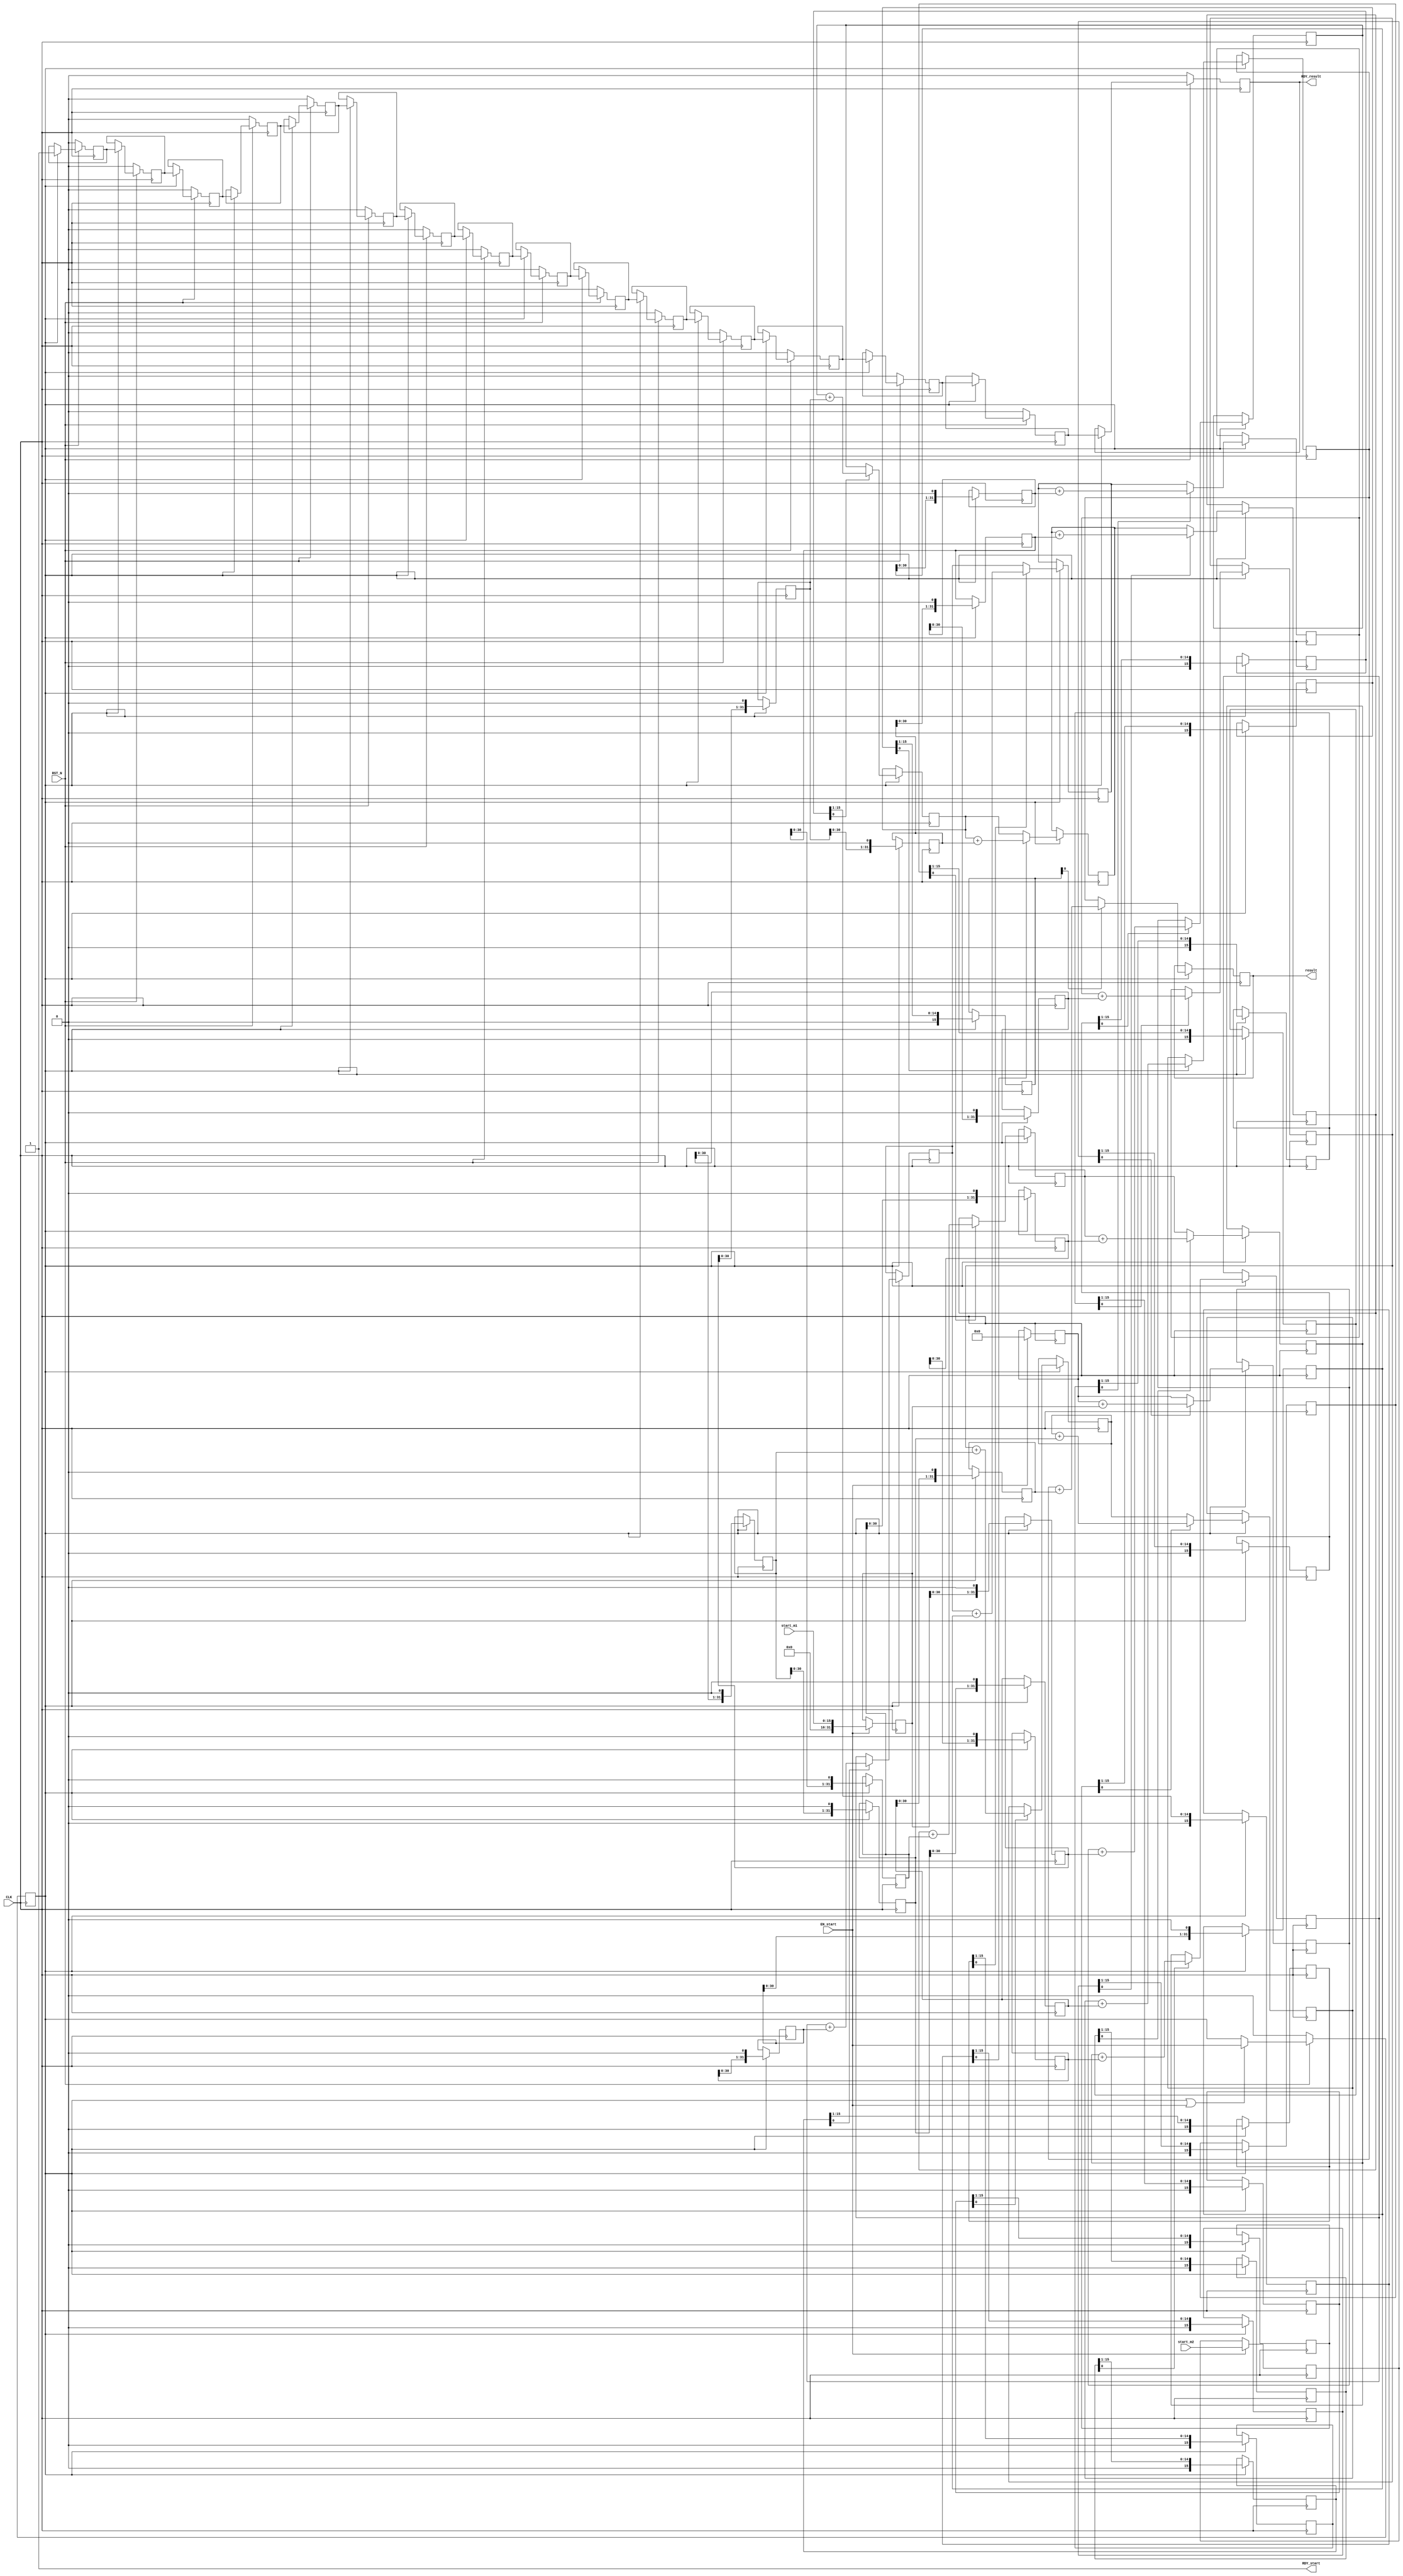
//
// Generated by Bluespec Compiler, version 2016.07.beta1 (build 34806, 2016-07-05)
//
// On Wed Dec  5 17:57:48 IST 2018
//
//
// Ports:
// Name                         I/O  size props
// RDY_start                      O     1 const
// result                         O    32 reg
// RDY_result                     O     1 reg
// CLK                            I     1 clock
// RST_N                          I     1 reset
// start_m1                       I    16 reg
// start_m2                       I    16 reg
// EN_start                       I     1
//
// No combinational paths from inputs to outputs
//
//

`ifdef BSV_ASSIGNMENT_DELAY
`else
  `define BSV_ASSIGNMENT_DELAY
`endif

`ifdef BSV_POSITIVE_RESET
  `define BSV_RESET_VALUE 1'b1
  `define BSV_RESET_EDGE posedge
`else
  `define BSV_RESET_VALUE 1'b0
  `define BSV_RESET_EDGE negedge
`endif

module mkInelasticPipe(CLK,
		       RST_N,

		       start_m1,
		       start_m2,
		       EN_start,
		       RDY_start,

		       result,
		       RDY_result);
  input  CLK;
  input  RST_N;

  // action method start
  input  [15 : 0] start_m1;
  input  [15 : 0] start_m2;
  input  EN_start;
  output RDY_start;

  // value method result
  output [31 : 0] result;
  output RDY_result;

  // signals for module outputs
  wire [31 : 0] result;
  wire RDY_result, RDY_start;

  // register done
  reg done;
  wire done$D_IN, done$EN;

  // register inputReg_intmc
  reg [31 : 0] inputReg_intmc;
  wire [31 : 0] inputReg_intmc$D_IN;
  wire inputReg_intmc$EN;

  // register inputReg_intmp
  reg [15 : 0] inputReg_intmp;
  wire [15 : 0] inputReg_intmp$D_IN;
  wire inputReg_intmp$EN;

  // register inputReg_stsum
  reg [31 : 0] inputReg_stsum;
  wire [31 : 0] inputReg_stsum$D_IN;
  wire inputReg_stsum$EN;

  // register inputReg_valid
  reg inputReg_valid;
  wire inputReg_valid$D_IN, inputReg_valid$EN;

  // register outReg_intmc
  reg [31 : 0] outReg_intmc;
  wire [31 : 0] outReg_intmc$D_IN;
  wire outReg_intmc$EN;

  // register outReg_intmp
  reg [15 : 0] outReg_intmp;
  wire [15 : 0] outReg_intmp$D_IN;
  wire outReg_intmp$EN;

  // register outReg_stsum
  reg [31 : 0] outReg_stsum;
  wire [31 : 0] outReg_stsum$D_IN;
  wire outReg_stsum$EN;

  // register outReg_valid
  reg outReg_valid;
  wire outReg_valid$D_IN, outReg_valid$EN;

  // register stageReg_0_intmc
  reg [31 : 0] stageReg_0_intmc;
  wire [31 : 0] stageReg_0_intmc$D_IN;
  wire stageReg_0_intmc$EN;

  // register stageReg_0_intmp
  reg [15 : 0] stageReg_0_intmp;
  wire [15 : 0] stageReg_0_intmp$D_IN;
  wire stageReg_0_intmp$EN;

  // register stageReg_0_stsum
  reg [31 : 0] stageReg_0_stsum;
  wire [31 : 0] stageReg_0_stsum$D_IN;
  wire stageReg_0_stsum$EN;

  // register stageReg_0_valid
  reg stageReg_0_valid;
  wire stageReg_0_valid$D_IN, stageReg_0_valid$EN;

  // register stageReg_10_intmc
  reg [31 : 0] stageReg_10_intmc;
  wire [31 : 0] stageReg_10_intmc$D_IN;
  wire stageReg_10_intmc$EN;

  // register stageReg_10_intmp
  reg [15 : 0] stageReg_10_intmp;
  wire [15 : 0] stageReg_10_intmp$D_IN;
  wire stageReg_10_intmp$EN;

  // register stageReg_10_stsum
  reg [31 : 0] stageReg_10_stsum;
  wire [31 : 0] stageReg_10_stsum$D_IN;
  wire stageReg_10_stsum$EN;

  // register stageReg_10_valid
  reg stageReg_10_valid;
  wire stageReg_10_valid$D_IN, stageReg_10_valid$EN;

  // register stageReg_11_intmc
  reg [31 : 0] stageReg_11_intmc;
  wire [31 : 0] stageReg_11_intmc$D_IN;
  wire stageReg_11_intmc$EN;

  // register stageReg_11_intmp
  reg [15 : 0] stageReg_11_intmp;
  wire [15 : 0] stageReg_11_intmp$D_IN;
  wire stageReg_11_intmp$EN;

  // register stageReg_11_stsum
  reg [31 : 0] stageReg_11_stsum;
  wire [31 : 0] stageReg_11_stsum$D_IN;
  wire stageReg_11_stsum$EN;

  // register stageReg_11_valid
  reg stageReg_11_valid;
  wire stageReg_11_valid$D_IN, stageReg_11_valid$EN;

  // register stageReg_12_intmc
  reg [31 : 0] stageReg_12_intmc;
  wire [31 : 0] stageReg_12_intmc$D_IN;
  wire stageReg_12_intmc$EN;

  // register stageReg_12_intmp
  reg [15 : 0] stageReg_12_intmp;
  wire [15 : 0] stageReg_12_intmp$D_IN;
  wire stageReg_12_intmp$EN;

  // register stageReg_12_stsum
  reg [31 : 0] stageReg_12_stsum;
  wire [31 : 0] stageReg_12_stsum$D_IN;
  wire stageReg_12_stsum$EN;

  // register stageReg_12_valid
  reg stageReg_12_valid;
  wire stageReg_12_valid$D_IN, stageReg_12_valid$EN;

  // register stageReg_13_intmc
  reg [31 : 0] stageReg_13_intmc;
  wire [31 : 0] stageReg_13_intmc$D_IN;
  wire stageReg_13_intmc$EN;

  // register stageReg_13_intmp
  reg [15 : 0] stageReg_13_intmp;
  wire [15 : 0] stageReg_13_intmp$D_IN;
  wire stageReg_13_intmp$EN;

  // register stageReg_13_stsum
  reg [31 : 0] stageReg_13_stsum;
  wire [31 : 0] stageReg_13_stsum$D_IN;
  wire stageReg_13_stsum$EN;

  // register stageReg_13_valid
  reg stageReg_13_valid;
  wire stageReg_13_valid$D_IN, stageReg_13_valid$EN;

  // register stageReg_14_intmc
  reg [31 : 0] stageReg_14_intmc;
  wire [31 : 0] stageReg_14_intmc$D_IN;
  wire stageReg_14_intmc$EN;

  // register stageReg_14_intmp
  reg [15 : 0] stageReg_14_intmp;
  wire [15 : 0] stageReg_14_intmp$D_IN;
  wire stageReg_14_intmp$EN;

  // register stageReg_14_stsum
  reg [31 : 0] stageReg_14_stsum;
  wire [31 : 0] stageReg_14_stsum$D_IN;
  wire stageReg_14_stsum$EN;

  // register stageReg_14_valid
  reg stageReg_14_valid;
  wire stageReg_14_valid$D_IN, stageReg_14_valid$EN;

  // register stageReg_15_intmc
  reg [31 : 0] stageReg_15_intmc;
  wire [31 : 0] stageReg_15_intmc$D_IN;
  wire stageReg_15_intmc$EN;

  // register stageReg_15_intmp
  reg [15 : 0] stageReg_15_intmp;
  wire [15 : 0] stageReg_15_intmp$D_IN;
  wire stageReg_15_intmp$EN;

  // register stageReg_15_stsum
  reg [31 : 0] stageReg_15_stsum;
  wire [31 : 0] stageReg_15_stsum$D_IN;
  wire stageReg_15_stsum$EN;

  // register stageReg_15_valid
  reg stageReg_15_valid;
  wire stageReg_15_valid$D_IN, stageReg_15_valid$EN;

  // register stageReg_16_intmc
  reg [31 : 0] stageReg_16_intmc;
  wire [31 : 0] stageReg_16_intmc$D_IN;
  wire stageReg_16_intmc$EN;

  // register stageReg_16_intmp
  reg [15 : 0] stageReg_16_intmp;
  wire [15 : 0] stageReg_16_intmp$D_IN;
  wire stageReg_16_intmp$EN;

  // register stageReg_16_stsum
  reg [31 : 0] stageReg_16_stsum;
  wire [31 : 0] stageReg_16_stsum$D_IN;
  wire stageReg_16_stsum$EN;

  // register stageReg_16_valid
  reg stageReg_16_valid;
  wire stageReg_16_valid$D_IN, stageReg_16_valid$EN;

  // register stageReg_1_intmc
  reg [31 : 0] stageReg_1_intmc;
  wire [31 : 0] stageReg_1_intmc$D_IN;
  wire stageReg_1_intmc$EN;

  // register stageReg_1_intmp
  reg [15 : 0] stageReg_1_intmp;
  wire [15 : 0] stageReg_1_intmp$D_IN;
  wire stageReg_1_intmp$EN;

  // register stageReg_1_stsum
  reg [31 : 0] stageReg_1_stsum;
  wire [31 : 0] stageReg_1_stsum$D_IN;
  wire stageReg_1_stsum$EN;

  // register stageReg_1_valid
  reg stageReg_1_valid;
  wire stageReg_1_valid$D_IN, stageReg_1_valid$EN;

  // register stageReg_2_intmc
  reg [31 : 0] stageReg_2_intmc;
  wire [31 : 0] stageReg_2_intmc$D_IN;
  wire stageReg_2_intmc$EN;

  // register stageReg_2_intmp
  reg [15 : 0] stageReg_2_intmp;
  wire [15 : 0] stageReg_2_intmp$D_IN;
  wire stageReg_2_intmp$EN;

  // register stageReg_2_stsum
  reg [31 : 0] stageReg_2_stsum;
  wire [31 : 0] stageReg_2_stsum$D_IN;
  wire stageReg_2_stsum$EN;

  // register stageReg_2_valid
  reg stageReg_2_valid;
  wire stageReg_2_valid$D_IN, stageReg_2_valid$EN;

  // register stageReg_3_intmc
  reg [31 : 0] stageReg_3_intmc;
  wire [31 : 0] stageReg_3_intmc$D_IN;
  wire stageReg_3_intmc$EN;

  // register stageReg_3_intmp
  reg [15 : 0] stageReg_3_intmp;
  wire [15 : 0] stageReg_3_intmp$D_IN;
  wire stageReg_3_intmp$EN;

  // register stageReg_3_stsum
  reg [31 : 0] stageReg_3_stsum;
  wire [31 : 0] stageReg_3_stsum$D_IN;
  wire stageReg_3_stsum$EN;

  // register stageReg_3_valid
  reg stageReg_3_valid;
  wire stageReg_3_valid$D_IN, stageReg_3_valid$EN;

  // register stageReg_4_intmc
  reg [31 : 0] stageReg_4_intmc;
  wire [31 : 0] stageReg_4_intmc$D_IN;
  wire stageReg_4_intmc$EN;

  // register stageReg_4_intmp
  reg [15 : 0] stageReg_4_intmp;
  wire [15 : 0] stageReg_4_intmp$D_IN;
  wire stageReg_4_intmp$EN;

  // register stageReg_4_stsum
  reg [31 : 0] stageReg_4_stsum;
  wire [31 : 0] stageReg_4_stsum$D_IN;
  wire stageReg_4_stsum$EN;

  // register stageReg_4_valid
  reg stageReg_4_valid;
  wire stageReg_4_valid$D_IN, stageReg_4_valid$EN;

  // register stageReg_5_intmc
  reg [31 : 0] stageReg_5_intmc;
  wire [31 : 0] stageReg_5_intmc$D_IN;
  wire stageReg_5_intmc$EN;

  // register stageReg_5_intmp
  reg [15 : 0] stageReg_5_intmp;
  wire [15 : 0] stageReg_5_intmp$D_IN;
  wire stageReg_5_intmp$EN;

  // register stageReg_5_stsum
  reg [31 : 0] stageReg_5_stsum;
  wire [31 : 0] stageReg_5_stsum$D_IN;
  wire stageReg_5_stsum$EN;

  // register stageReg_5_valid
  reg stageReg_5_valid;
  wire stageReg_5_valid$D_IN, stageReg_5_valid$EN;

  // register stageReg_6_intmc
  reg [31 : 0] stageReg_6_intmc;
  wire [31 : 0] stageReg_6_intmc$D_IN;
  wire stageReg_6_intmc$EN;

  // register stageReg_6_intmp
  reg [15 : 0] stageReg_6_intmp;
  wire [15 : 0] stageReg_6_intmp$D_IN;
  wire stageReg_6_intmp$EN;

  // register stageReg_6_stsum
  reg [31 : 0] stageReg_6_stsum;
  wire [31 : 0] stageReg_6_stsum$D_IN;
  wire stageReg_6_stsum$EN;

  // register stageReg_6_valid
  reg stageReg_6_valid;
  wire stageReg_6_valid$D_IN, stageReg_6_valid$EN;

  // register stageReg_7_intmc
  reg [31 : 0] stageReg_7_intmc;
  wire [31 : 0] stageReg_7_intmc$D_IN;
  wire stageReg_7_intmc$EN;

  // register stageReg_7_intmp
  reg [15 : 0] stageReg_7_intmp;
  wire [15 : 0] stageReg_7_intmp$D_IN;
  wire stageReg_7_intmp$EN;

  // register stageReg_7_stsum
  reg [31 : 0] stageReg_7_stsum;
  wire [31 : 0] stageReg_7_stsum$D_IN;
  wire stageReg_7_stsum$EN;

  // register stageReg_7_valid
  reg stageReg_7_valid;
  wire stageReg_7_valid$D_IN, stageReg_7_valid$EN;

  // register stageReg_8_intmc
  reg [31 : 0] stageReg_8_intmc;
  wire [31 : 0] stageReg_8_intmc$D_IN;
  wire stageReg_8_intmc$EN;

  // register stageReg_8_intmp
  reg [15 : 0] stageReg_8_intmp;
  wire [15 : 0] stageReg_8_intmp$D_IN;
  wire stageReg_8_intmp$EN;

  // register stageReg_8_stsum
  reg [31 : 0] stageReg_8_stsum;
  wire [31 : 0] stageReg_8_stsum$D_IN;
  wire stageReg_8_stsum$EN;

  // register stageReg_8_valid
  reg stageReg_8_valid;
  wire stageReg_8_valid$D_IN, stageReg_8_valid$EN;

  // register stageReg_9_intmc
  reg [31 : 0] stageReg_9_intmc;
  wire [31 : 0] stageReg_9_intmc$D_IN;
  wire stageReg_9_intmc$EN;

  // register stageReg_9_intmp
  reg [15 : 0] stageReg_9_intmp;
  wire [15 : 0] stageReg_9_intmp$D_IN;
  wire stageReg_9_intmp$EN;

  // register stageReg_9_stsum
  reg [31 : 0] stageReg_9_stsum;
  wire [31 : 0] stageReg_9_stsum$D_IN;
  wire stageReg_9_stsum$EN;

  // register stageReg_9_valid
  reg stageReg_9_valid;
  wire stageReg_9_valid$D_IN, stageReg_9_valid$EN;

  // rule scheduling signals
  wire CAN_FIRE_RL_cycle, CAN_FIRE_start, WILL_FIRE_RL_cycle, WILL_FIRE_start;

  // action method start
  assign RDY_start = 1'd1 ;
  assign CAN_FIRE_start = 1'd1 ;
  assign WILL_FIRE_start = EN_start ;

  // value method result
  assign result = stageReg_16_stsum ;
  assign RDY_result = stageReg_16_valid ;

  // rule RL_cycle
  assign CAN_FIRE_RL_cycle = stageReg_0_valid ;
  assign WILL_FIRE_RL_cycle = stageReg_0_valid ;

  // register done
  assign done$D_IN = !EN_start ;
  assign done$EN = EN_start || stageReg_0_valid ;

  // register inputReg_intmc
  assign inputReg_intmc$D_IN = 32'h0 ;
  assign inputReg_intmc$EN = 1'b0 ;

  // register inputReg_intmp
  assign inputReg_intmp$D_IN = 16'h0 ;
  assign inputReg_intmp$EN = 1'b0 ;

  // register inputReg_stsum
  assign inputReg_stsum$D_IN = 32'h0 ;
  assign inputReg_stsum$EN = 1'b0 ;

  // register inputReg_valid
  assign inputReg_valid$D_IN = 1'b0 ;
  assign inputReg_valid$EN = 1'b0 ;

  // register outReg_intmc
  assign outReg_intmc$D_IN = 32'h0 ;
  assign outReg_intmc$EN = 1'b0 ;

  // register outReg_intmp
  assign outReg_intmp$D_IN = 16'h0 ;
  assign outReg_intmp$EN = 1'b0 ;

  // register outReg_stsum
  assign outReg_stsum$D_IN = 32'h0 ;
  assign outReg_stsum$EN = 1'b0 ;

  // register outReg_valid
  assign outReg_valid$D_IN = 1'b0 ;
  assign outReg_valid$EN = 1'b0 ;

  // register stageReg_0_intmc
  assign stageReg_0_intmc$D_IN = { 16'd0, start_m1 } ;
  assign stageReg_0_intmc$EN = EN_start ;

  // register stageReg_0_intmp
  assign stageReg_0_intmp$D_IN = start_m2 ;
  assign stageReg_0_intmp$EN = EN_start ;

  // register stageReg_0_stsum
  assign stageReg_0_stsum$D_IN = 32'd0 ;
  assign stageReg_0_stsum$EN = EN_start ;

  // register stageReg_0_valid
  assign stageReg_0_valid$D_IN = EN_start ;
  assign stageReg_0_valid$EN = stageReg_0_valid || EN_start ;

  // register stageReg_10_intmc
  assign stageReg_10_intmc$D_IN = { stageReg_9_intmc[30:0], 1'd0 } ;
  assign stageReg_10_intmc$EN = stageReg_0_valid ;

  // register stageReg_10_intmp
  assign stageReg_10_intmp$D_IN = { 1'd0, stageReg_9_intmp[15:1] } ;
  assign stageReg_10_intmp$EN = stageReg_0_valid ;

  // register stageReg_10_stsum
  assign stageReg_10_stsum$D_IN =
	     stageReg_9_intmp[0] ?
	       stageReg_9_stsum + stageReg_9_intmc :
	       stageReg_9_stsum ;
  assign stageReg_10_stsum$EN = stageReg_0_valid ;

  // register stageReg_10_valid
  assign stageReg_10_valid$D_IN = stageReg_9_valid ;
  assign stageReg_10_valid$EN = stageReg_0_valid ;

  // register stageReg_11_intmc
  assign stageReg_11_intmc$D_IN = { stageReg_10_intmc[30:0], 1'd0 } ;
  assign stageReg_11_intmc$EN = stageReg_0_valid ;

  // register stageReg_11_intmp
  assign stageReg_11_intmp$D_IN = { 1'd0, stageReg_10_intmp[15:1] } ;
  assign stageReg_11_intmp$EN = stageReg_0_valid ;

  // register stageReg_11_stsum
  assign stageReg_11_stsum$D_IN =
	     stageReg_10_intmp[0] ?
	       stageReg_10_stsum + stageReg_10_intmc :
	       stageReg_10_stsum ;
  assign stageReg_11_stsum$EN = stageReg_0_valid ;

  // register stageReg_11_valid
  assign stageReg_11_valid$D_IN = stageReg_10_valid ;
  assign stageReg_11_valid$EN = stageReg_0_valid ;

  // register stageReg_12_intmc
  assign stageReg_12_intmc$D_IN = { stageReg_11_intmc[30:0], 1'd0 } ;
  assign stageReg_12_intmc$EN = stageReg_0_valid ;

  // register stageReg_12_intmp
  assign stageReg_12_intmp$D_IN = { 1'd0, stageReg_11_intmp[15:1] } ;
  assign stageReg_12_intmp$EN = stageReg_0_valid ;

  // register stageReg_12_stsum
  assign stageReg_12_stsum$D_IN =
	     stageReg_11_intmp[0] ?
	       stageReg_11_stsum + stageReg_11_intmc :
	       stageReg_11_stsum ;
  assign stageReg_12_stsum$EN = stageReg_0_valid ;

  // register stageReg_12_valid
  assign stageReg_12_valid$D_IN = stageReg_11_valid ;
  assign stageReg_12_valid$EN = stageReg_0_valid ;

  // register stageReg_13_intmc
  assign stageReg_13_intmc$D_IN = { stageReg_12_intmc[30:0], 1'd0 } ;
  assign stageReg_13_intmc$EN = stageReg_0_valid ;

  // register stageReg_13_intmp
  assign stageReg_13_intmp$D_IN = { 1'd0, stageReg_12_intmp[15:1] } ;
  assign stageReg_13_intmp$EN = stageReg_0_valid ;

  // register stageReg_13_stsum
  assign stageReg_13_stsum$D_IN =
	     stageReg_12_intmp[0] ?
	       stageReg_12_stsum + stageReg_12_intmc :
	       stageReg_12_stsum ;
  assign stageReg_13_stsum$EN = stageReg_0_valid ;

  // register stageReg_13_valid
  assign stageReg_13_valid$D_IN = stageReg_12_valid ;
  assign stageReg_13_valid$EN = stageReg_0_valid ;

  // register stageReg_14_intmc
  assign stageReg_14_intmc$D_IN = { stageReg_13_intmc[30:0], 1'd0 } ;
  assign stageReg_14_intmc$EN = stageReg_0_valid ;

  // register stageReg_14_intmp
  assign stageReg_14_intmp$D_IN = { 1'd0, stageReg_13_intmp[15:1] } ;
  assign stageReg_14_intmp$EN = stageReg_0_valid ;

  // register stageReg_14_stsum
  assign stageReg_14_stsum$D_IN =
	     stageReg_13_intmp[0] ?
	       stageReg_13_stsum + stageReg_13_intmc :
	       stageReg_13_stsum ;
  assign stageReg_14_stsum$EN = stageReg_0_valid ;

  // register stageReg_14_valid
  assign stageReg_14_valid$D_IN = stageReg_13_valid ;
  assign stageReg_14_valid$EN = stageReg_0_valid ;

  // register stageReg_15_intmc
  assign stageReg_15_intmc$D_IN = { stageReg_14_intmc[30:0], 1'd0 } ;
  assign stageReg_15_intmc$EN = stageReg_0_valid ;

  // register stageReg_15_intmp
  assign stageReg_15_intmp$D_IN = { 1'd0, stageReg_14_intmp[15:1] } ;
  assign stageReg_15_intmp$EN = stageReg_0_valid ;

  // register stageReg_15_stsum
  assign stageReg_15_stsum$D_IN =
	     stageReg_14_intmp[0] ?
	       stageReg_14_stsum + stageReg_14_intmc :
	       stageReg_14_stsum ;
  assign stageReg_15_stsum$EN = stageReg_0_valid ;

  // register stageReg_15_valid
  assign stageReg_15_valid$D_IN = stageReg_14_valid ;
  assign stageReg_15_valid$EN = stageReg_0_valid ;

  // register stageReg_16_intmc
  assign stageReg_16_intmc$D_IN = { stageReg_15_intmc[30:0], 1'd0 } ;
  assign stageReg_16_intmc$EN = stageReg_0_valid ;

  // register stageReg_16_intmp
  assign stageReg_16_intmp$D_IN = { 1'd0, stageReg_15_intmp[15:1] } ;
  assign stageReg_16_intmp$EN = stageReg_0_valid ;

  // register stageReg_16_stsum
  assign stageReg_16_stsum$D_IN =
	     stageReg_15_intmp[0] ?
	       stageReg_15_stsum + stageReg_15_intmc :
	       stageReg_15_stsum ;
  assign stageReg_16_stsum$EN = stageReg_0_valid ;

  // register stageReg_16_valid
  assign stageReg_16_valid$D_IN = stageReg_15_valid ;
  assign stageReg_16_valid$EN = stageReg_0_valid ;

  // register stageReg_1_intmc
  assign stageReg_1_intmc$D_IN = { stageReg_0_intmc[30:0], 1'd0 } ;
  assign stageReg_1_intmc$EN = stageReg_0_valid ;

  // register stageReg_1_intmp
  assign stageReg_1_intmp$D_IN = { 1'd0, stageReg_0_intmp[15:1] } ;
  assign stageReg_1_intmp$EN = stageReg_0_valid ;

  // register stageReg_1_stsum
  assign stageReg_1_stsum$D_IN =
	     stageReg_0_intmp[0] ?
	       stageReg_0_stsum + stageReg_0_intmc :
	       stageReg_0_stsum ;
  assign stageReg_1_stsum$EN = stageReg_0_valid ;

  // register stageReg_1_valid
  assign stageReg_1_valid$D_IN = stageReg_0_valid ;
  assign stageReg_1_valid$EN = stageReg_0_valid ;

  // register stageReg_2_intmc
  assign stageReg_2_intmc$D_IN = { stageReg_1_intmc[30:0], 1'd0 } ;
  assign stageReg_2_intmc$EN = stageReg_0_valid ;

  // register stageReg_2_intmp
  assign stageReg_2_intmp$D_IN = { 1'd0, stageReg_1_intmp[15:1] } ;
  assign stageReg_2_intmp$EN = stageReg_0_valid ;

  // register stageReg_2_stsum
  assign stageReg_2_stsum$D_IN =
	     stageReg_1_intmp[0] ?
	       stageReg_1_stsum + stageReg_1_intmc :
	       stageReg_1_stsum ;
  assign stageReg_2_stsum$EN = stageReg_0_valid ;

  // register stageReg_2_valid
  assign stageReg_2_valid$D_IN = stageReg_1_valid ;
  assign stageReg_2_valid$EN = stageReg_0_valid ;

  // register stageReg_3_intmc
  assign stageReg_3_intmc$D_IN = { stageReg_2_intmc[30:0], 1'd0 } ;
  assign stageReg_3_intmc$EN = stageReg_0_valid ;

  // register stageReg_3_intmp
  assign stageReg_3_intmp$D_IN = { 1'd0, stageReg_2_intmp[15:1] } ;
  assign stageReg_3_intmp$EN = stageReg_0_valid ;

  // register stageReg_3_stsum
  assign stageReg_3_stsum$D_IN =
	     stageReg_2_intmp[0] ?
	       stageReg_2_stsum + stageReg_2_intmc :
	       stageReg_2_stsum ;
  assign stageReg_3_stsum$EN = stageReg_0_valid ;

  // register stageReg_3_valid
  assign stageReg_3_valid$D_IN = stageReg_2_valid ;
  assign stageReg_3_valid$EN = stageReg_0_valid ;

  // register stageReg_4_intmc
  assign stageReg_4_intmc$D_IN = { stageReg_3_intmc[30:0], 1'd0 } ;
  assign stageReg_4_intmc$EN = stageReg_0_valid ;

  // register stageReg_4_intmp
  assign stageReg_4_intmp$D_IN = { 1'd0, stageReg_3_intmp[15:1] } ;
  assign stageReg_4_intmp$EN = stageReg_0_valid ;

  // register stageReg_4_stsum
  assign stageReg_4_stsum$D_IN =
	     stageReg_3_intmp[0] ?
	       stageReg_3_stsum + stageReg_3_intmc :
	       stageReg_3_stsum ;
  assign stageReg_4_stsum$EN = stageReg_0_valid ;

  // register stageReg_4_valid
  assign stageReg_4_valid$D_IN = stageReg_3_valid ;
  assign stageReg_4_valid$EN = stageReg_0_valid ;

  // register stageReg_5_intmc
  assign stageReg_5_intmc$D_IN = { stageReg_4_intmc[30:0], 1'd0 } ;
  assign stageReg_5_intmc$EN = stageReg_0_valid ;

  // register stageReg_5_intmp
  assign stageReg_5_intmp$D_IN = { 1'd0, stageReg_4_intmp[15:1] } ;
  assign stageReg_5_intmp$EN = stageReg_0_valid ;

  // register stageReg_5_stsum
  assign stageReg_5_stsum$D_IN =
	     stageReg_4_intmp[0] ?
	       stageReg_4_stsum + stageReg_4_intmc :
	       stageReg_4_stsum ;
  assign stageReg_5_stsum$EN = stageReg_0_valid ;

  // register stageReg_5_valid
  assign stageReg_5_valid$D_IN = stageReg_4_valid ;
  assign stageReg_5_valid$EN = stageReg_0_valid ;

  // register stageReg_6_intmc
  assign stageReg_6_intmc$D_IN = { stageReg_5_intmc[30:0], 1'd0 } ;
  assign stageReg_6_intmc$EN = stageReg_0_valid ;

  // register stageReg_6_intmp
  assign stageReg_6_intmp$D_IN = { 1'd0, stageReg_5_intmp[15:1] } ;
  assign stageReg_6_intmp$EN = stageReg_0_valid ;

  // register stageReg_6_stsum
  assign stageReg_6_stsum$D_IN =
	     stageReg_5_intmp[0] ?
	       stageReg_5_stsum + stageReg_5_intmc :
	       stageReg_5_stsum ;
  assign stageReg_6_stsum$EN = stageReg_0_valid ;

  // register stageReg_6_valid
  assign stageReg_6_valid$D_IN = stageReg_5_valid ;
  assign stageReg_6_valid$EN = stageReg_0_valid ;

  // register stageReg_7_intmc
  assign stageReg_7_intmc$D_IN = { stageReg_6_intmc[30:0], 1'd0 } ;
  assign stageReg_7_intmc$EN = stageReg_0_valid ;

  // register stageReg_7_intmp
  assign stageReg_7_intmp$D_IN = { 1'd0, stageReg_6_intmp[15:1] } ;
  assign stageReg_7_intmp$EN = stageReg_0_valid ;

  // register stageReg_7_stsum
  assign stageReg_7_stsum$D_IN =
	     stageReg_6_intmp[0] ?
	       stageReg_6_stsum + stageReg_6_intmc :
	       stageReg_6_stsum ;
  assign stageReg_7_stsum$EN = stageReg_0_valid ;

  // register stageReg_7_valid
  assign stageReg_7_valid$D_IN = stageReg_6_valid ;
  assign stageReg_7_valid$EN = stageReg_0_valid ;

  // register stageReg_8_intmc
  assign stageReg_8_intmc$D_IN = { stageReg_7_intmc[30:0], 1'd0 } ;
  assign stageReg_8_intmc$EN = stageReg_0_valid ;

  // register stageReg_8_intmp
  assign stageReg_8_intmp$D_IN = { 1'd0, stageReg_7_intmp[15:1] } ;
  assign stageReg_8_intmp$EN = stageReg_0_valid ;

  // register stageReg_8_stsum
  assign stageReg_8_stsum$D_IN =
	     stageReg_7_intmp[0] ?
	       stageReg_7_stsum + stageReg_7_intmc :
	       stageReg_7_stsum ;
  assign stageReg_8_stsum$EN = stageReg_0_valid ;

  // register stageReg_8_valid
  assign stageReg_8_valid$D_IN = stageReg_7_valid ;
  assign stageReg_8_valid$EN = stageReg_0_valid ;

  // register stageReg_9_intmc
  assign stageReg_9_intmc$D_IN = { stageReg_8_intmc[30:0], 1'd0 } ;
  assign stageReg_9_intmc$EN = stageReg_0_valid ;

  // register stageReg_9_intmp
  assign stageReg_9_intmp$D_IN = { 1'd0, stageReg_8_intmp[15:1] } ;
  assign stageReg_9_intmp$EN = stageReg_0_valid ;

  // register stageReg_9_stsum
  assign stageReg_9_stsum$D_IN =
	     stageReg_8_intmp[0] ?
	       stageReg_8_stsum + stageReg_8_intmc :
	       stageReg_8_stsum ;
  assign stageReg_9_stsum$EN = stageReg_0_valid ;

  // register stageReg_9_valid
  assign stageReg_9_valid$D_IN = stageReg_8_valid ;
  assign stageReg_9_valid$EN = stageReg_0_valid ;

  // handling of inlined registers

  always@(posedge CLK)
  begin
    if (RST_N == `BSV_RESET_VALUE)
      begin
        done <= `BSV_ASSIGNMENT_DELAY 1'd1;
	inputReg_stsum <= `BSV_ASSIGNMENT_DELAY 32'd0;
	inputReg_valid <= `BSV_ASSIGNMENT_DELAY 1'd0;
	outReg_valid <= `BSV_ASSIGNMENT_DELAY 1'd0;
	stageReg_0_valid <= `BSV_ASSIGNMENT_DELAY 1'd0;
	stageReg_10_valid <= `BSV_ASSIGNMENT_DELAY 1'd0;
	stageReg_11_valid <= `BSV_ASSIGNMENT_DELAY 1'd0;
	stageReg_12_valid <= `BSV_ASSIGNMENT_DELAY 1'd0;
	stageReg_13_valid <= `BSV_ASSIGNMENT_DELAY 1'd0;
	stageReg_14_valid <= `BSV_ASSIGNMENT_DELAY 1'd0;
	stageReg_15_valid <= `BSV_ASSIGNMENT_DELAY 1'd0;
	stageReg_16_valid <= `BSV_ASSIGNMENT_DELAY 1'd0;
	stageReg_1_valid <= `BSV_ASSIGNMENT_DELAY 1'd0;
	stageReg_2_valid <= `BSV_ASSIGNMENT_DELAY 1'd0;
	stageReg_3_valid <= `BSV_ASSIGNMENT_DELAY 1'd0;
	stageReg_4_valid <= `BSV_ASSIGNMENT_DELAY 1'd0;
	stageReg_5_valid <= `BSV_ASSIGNMENT_DELAY 1'd0;
	stageReg_6_valid <= `BSV_ASSIGNMENT_DELAY 1'd0;
	stageReg_7_valid <= `BSV_ASSIGNMENT_DELAY 1'd0;
	stageReg_8_valid <= `BSV_ASSIGNMENT_DELAY 1'd0;
	stageReg_9_valid <= `BSV_ASSIGNMENT_DELAY 1'd0;
      end
    else
      begin
        if (done$EN) done <= `BSV_ASSIGNMENT_DELAY done$D_IN;
	if (inputReg_stsum$EN)
	  inputReg_stsum <= `BSV_ASSIGNMENT_DELAY inputReg_stsum$D_IN;
	if (inputReg_valid$EN)
	  inputReg_valid <= `BSV_ASSIGNMENT_DELAY inputReg_valid$D_IN;
	if (outReg_valid$EN)
	  outReg_valid <= `BSV_ASSIGNMENT_DELAY outReg_valid$D_IN;
	if (stageReg_0_valid$EN)
	  stageReg_0_valid <= `BSV_ASSIGNMENT_DELAY stageReg_0_valid$D_IN;
	if (stageReg_10_valid$EN)
	  stageReg_10_valid <= `BSV_ASSIGNMENT_DELAY stageReg_10_valid$D_IN;
	if (stageReg_11_valid$EN)
	  stageReg_11_valid <= `BSV_ASSIGNMENT_DELAY stageReg_11_valid$D_IN;
	if (stageReg_12_valid$EN)
	  stageReg_12_valid <= `BSV_ASSIGNMENT_DELAY stageReg_12_valid$D_IN;
	if (stageReg_13_valid$EN)
	  stageReg_13_valid <= `BSV_ASSIGNMENT_DELAY stageReg_13_valid$D_IN;
	if (stageReg_14_valid$EN)
	  stageReg_14_valid <= `BSV_ASSIGNMENT_DELAY stageReg_14_valid$D_IN;
	if (stageReg_15_valid$EN)
	  stageReg_15_valid <= `BSV_ASSIGNMENT_DELAY stageReg_15_valid$D_IN;
	if (stageReg_16_valid$EN)
	  stageReg_16_valid <= `BSV_ASSIGNMENT_DELAY stageReg_16_valid$D_IN;
	if (stageReg_1_valid$EN)
	  stageReg_1_valid <= `BSV_ASSIGNMENT_DELAY stageReg_1_valid$D_IN;
	if (stageReg_2_valid$EN)
	  stageReg_2_valid <= `BSV_ASSIGNMENT_DELAY stageReg_2_valid$D_IN;
	if (stageReg_3_valid$EN)
	  stageReg_3_valid <= `BSV_ASSIGNMENT_DELAY stageReg_3_valid$D_IN;
	if (stageReg_4_valid$EN)
	  stageReg_4_valid <= `BSV_ASSIGNMENT_DELAY stageReg_4_valid$D_IN;
	if (stageReg_5_valid$EN)
	  stageReg_5_valid <= `BSV_ASSIGNMENT_DELAY stageReg_5_valid$D_IN;
	if (stageReg_6_valid$EN)
	  stageReg_6_valid <= `BSV_ASSIGNMENT_DELAY stageReg_6_valid$D_IN;
	if (stageReg_7_valid$EN)
	  stageReg_7_valid <= `BSV_ASSIGNMENT_DELAY stageReg_7_valid$D_IN;
	if (stageReg_8_valid$EN)
	  stageReg_8_valid <= `BSV_ASSIGNMENT_DELAY stageReg_8_valid$D_IN;
	if (stageReg_9_valid$EN)
	  stageReg_9_valid <= `BSV_ASSIGNMENT_DELAY stageReg_9_valid$D_IN;
      end
    if (inputReg_intmc$EN)
      inputReg_intmc <= `BSV_ASSIGNMENT_DELAY inputReg_intmc$D_IN;
    if (inputReg_intmp$EN)
      inputReg_intmp <= `BSV_ASSIGNMENT_DELAY inputReg_intmp$D_IN;
    if (outReg_intmc$EN)
      outReg_intmc <= `BSV_ASSIGNMENT_DELAY outReg_intmc$D_IN;
    if (outReg_intmp$EN)
      outReg_intmp <= `BSV_ASSIGNMENT_DELAY outReg_intmp$D_IN;
    if (outReg_stsum$EN)
      outReg_stsum <= `BSV_ASSIGNMENT_DELAY outReg_stsum$D_IN;
    if (stageReg_0_intmc$EN)
      stageReg_0_intmc <= `BSV_ASSIGNMENT_DELAY stageReg_0_intmc$D_IN;
    if (stageReg_0_intmp$EN)
      stageReg_0_intmp <= `BSV_ASSIGNMENT_DELAY stageReg_0_intmp$D_IN;
    if (stageReg_0_stsum$EN)
      stageReg_0_stsum <= `BSV_ASSIGNMENT_DELAY stageReg_0_stsum$D_IN;
    if (stageReg_10_intmc$EN)
      stageReg_10_intmc <= `BSV_ASSIGNMENT_DELAY stageReg_10_intmc$D_IN;
    if (stageReg_10_intmp$EN)
      stageReg_10_intmp <= `BSV_ASSIGNMENT_DELAY stageReg_10_intmp$D_IN;
    if (stageReg_10_stsum$EN)
      stageReg_10_stsum <= `BSV_ASSIGNMENT_DELAY stageReg_10_stsum$D_IN;
    if (stageReg_11_intmc$EN)
      stageReg_11_intmc <= `BSV_ASSIGNMENT_DELAY stageReg_11_intmc$D_IN;
    if (stageReg_11_intmp$EN)
      stageReg_11_intmp <= `BSV_ASSIGNMENT_DELAY stageReg_11_intmp$D_IN;
    if (stageReg_11_stsum$EN)
      stageReg_11_stsum <= `BSV_ASSIGNMENT_DELAY stageReg_11_stsum$D_IN;
    if (stageReg_12_intmc$EN)
      stageReg_12_intmc <= `BSV_ASSIGNMENT_DELAY stageReg_12_intmc$D_IN;
    if (stageReg_12_intmp$EN)
      stageReg_12_intmp <= `BSV_ASSIGNMENT_DELAY stageReg_12_intmp$D_IN;
    if (stageReg_12_stsum$EN)
      stageReg_12_stsum <= `BSV_ASSIGNMENT_DELAY stageReg_12_stsum$D_IN;
    if (stageReg_13_intmc$EN)
      stageReg_13_intmc <= `BSV_ASSIGNMENT_DELAY stageReg_13_intmc$D_IN;
    if (stageReg_13_intmp$EN)
      stageReg_13_intmp <= `BSV_ASSIGNMENT_DELAY stageReg_13_intmp$D_IN;
    if (stageReg_13_stsum$EN)
      stageReg_13_stsum <= `BSV_ASSIGNMENT_DELAY stageReg_13_stsum$D_IN;
    if (stageReg_14_intmc$EN)
      stageReg_14_intmc <= `BSV_ASSIGNMENT_DELAY stageReg_14_intmc$D_IN;
    if (stageReg_14_intmp$EN)
      stageReg_14_intmp <= `BSV_ASSIGNMENT_DELAY stageReg_14_intmp$D_IN;
    if (stageReg_14_stsum$EN)
      stageReg_14_stsum <= `BSV_ASSIGNMENT_DELAY stageReg_14_stsum$D_IN;
    if (stageReg_15_intmc$EN)
      stageReg_15_intmc <= `BSV_ASSIGNMENT_DELAY stageReg_15_intmc$D_IN;
    if (stageReg_15_intmp$EN)
      stageReg_15_intmp <= `BSV_ASSIGNMENT_DELAY stageReg_15_intmp$D_IN;
    if (stageReg_15_stsum$EN)
      stageReg_15_stsum <= `BSV_ASSIGNMENT_DELAY stageReg_15_stsum$D_IN;
    if (stageReg_16_intmc$EN)
      stageReg_16_intmc <= `BSV_ASSIGNMENT_DELAY stageReg_16_intmc$D_IN;
    if (stageReg_16_intmp$EN)
      stageReg_16_intmp <= `BSV_ASSIGNMENT_DELAY stageReg_16_intmp$D_IN;
    if (stageReg_16_stsum$EN)
      stageReg_16_stsum <= `BSV_ASSIGNMENT_DELAY stageReg_16_stsum$D_IN;
    if (stageReg_1_intmc$EN)
      stageReg_1_intmc <= `BSV_ASSIGNMENT_DELAY stageReg_1_intmc$D_IN;
    if (stageReg_1_intmp$EN)
      stageReg_1_intmp <= `BSV_ASSIGNMENT_DELAY stageReg_1_intmp$D_IN;
    if (stageReg_1_stsum$EN)
      stageReg_1_stsum <= `BSV_ASSIGNMENT_DELAY stageReg_1_stsum$D_IN;
    if (stageReg_2_intmc$EN)
      stageReg_2_intmc <= `BSV_ASSIGNMENT_DELAY stageReg_2_intmc$D_IN;
    if (stageReg_2_intmp$EN)
      stageReg_2_intmp <= `BSV_ASSIGNMENT_DELAY stageReg_2_intmp$D_IN;
    if (stageReg_2_stsum$EN)
      stageReg_2_stsum <= `BSV_ASSIGNMENT_DELAY stageReg_2_stsum$D_IN;
    if (stageReg_3_intmc$EN)
      stageReg_3_intmc <= `BSV_ASSIGNMENT_DELAY stageReg_3_intmc$D_IN;
    if (stageReg_3_intmp$EN)
      stageReg_3_intmp <= `BSV_ASSIGNMENT_DELAY stageReg_3_intmp$D_IN;
    if (stageReg_3_stsum$EN)
      stageReg_3_stsum <= `BSV_ASSIGNMENT_DELAY stageReg_3_stsum$D_IN;
    if (stageReg_4_intmc$EN)
      stageReg_4_intmc <= `BSV_ASSIGNMENT_DELAY stageReg_4_intmc$D_IN;
    if (stageReg_4_intmp$EN)
      stageReg_4_intmp <= `BSV_ASSIGNMENT_DELAY stageReg_4_intmp$D_IN;
    if (stageReg_4_stsum$EN)
      stageReg_4_stsum <= `BSV_ASSIGNMENT_DELAY stageReg_4_stsum$D_IN;
    if (stageReg_5_intmc$EN)
      stageReg_5_intmc <= `BSV_ASSIGNMENT_DELAY stageReg_5_intmc$D_IN;
    if (stageReg_5_intmp$EN)
      stageReg_5_intmp <= `BSV_ASSIGNMENT_DELAY stageReg_5_intmp$D_IN;
    if (stageReg_5_stsum$EN)
      stageReg_5_stsum <= `BSV_ASSIGNMENT_DELAY stageReg_5_stsum$D_IN;
    if (stageReg_6_intmc$EN)
      stageReg_6_intmc <= `BSV_ASSIGNMENT_DELAY stageReg_6_intmc$D_IN;
    if (stageReg_6_intmp$EN)
      stageReg_6_intmp <= `BSV_ASSIGNMENT_DELAY stageReg_6_intmp$D_IN;
    if (stageReg_6_stsum$EN)
      stageReg_6_stsum <= `BSV_ASSIGNMENT_DELAY stageReg_6_stsum$D_IN;
    if (stageReg_7_intmc$EN)
      stageReg_7_intmc <= `BSV_ASSIGNMENT_DELAY stageReg_7_intmc$D_IN;
    if (stageReg_7_intmp$EN)
      stageReg_7_intmp <= `BSV_ASSIGNMENT_DELAY stageReg_7_intmp$D_IN;
    if (stageReg_7_stsum$EN)
      stageReg_7_stsum <= `BSV_ASSIGNMENT_DELAY stageReg_7_stsum$D_IN;
    if (stageReg_8_intmc$EN)
      stageReg_8_intmc <= `BSV_ASSIGNMENT_DELAY stageReg_8_intmc$D_IN;
    if (stageReg_8_intmp$EN)
      stageReg_8_intmp <= `BSV_ASSIGNMENT_DELAY stageReg_8_intmp$D_IN;
    if (stageReg_8_stsum$EN)
      stageReg_8_stsum <= `BSV_ASSIGNMENT_DELAY stageReg_8_stsum$D_IN;
    if (stageReg_9_intmc$EN)
      stageReg_9_intmc <= `BSV_ASSIGNMENT_DELAY stageReg_9_intmc$D_IN;
    if (stageReg_9_intmp$EN)
      stageReg_9_intmp <= `BSV_ASSIGNMENT_DELAY stageReg_9_intmp$D_IN;
    if (stageReg_9_stsum$EN)
      stageReg_9_stsum <= `BSV_ASSIGNMENT_DELAY stageReg_9_stsum$D_IN;
  end

  // synopsys translate_off
  `ifdef BSV_NO_INITIAL_BLOCKS
  `else // not BSV_NO_INITIAL_BLOCKS
  initial
  begin
    done = 1'h0;
    inputReg_intmc = 32'hAAAAAAAA;
    inputReg_intmp = 16'hAAAA;
    inputReg_stsum = 32'hAAAAAAAA;
    inputReg_valid = 1'h0;
    outReg_intmc = 32'hAAAAAAAA;
    outReg_intmp = 16'hAAAA;
    outReg_stsum = 32'hAAAAAAAA;
    outReg_valid = 1'h0;
    stageReg_0_intmc = 32'hAAAAAAAA;
    stageReg_0_intmp = 16'hAAAA;
    stageReg_0_stsum = 32'hAAAAAAAA;
    stageReg_0_valid = 1'h0;
    stageReg_10_intmc = 32'hAAAAAAAA;
    stageReg_10_intmp = 16'hAAAA;
    stageReg_10_stsum = 32'hAAAAAAAA;
    stageReg_10_valid = 1'h0;
    stageReg_11_intmc = 32'hAAAAAAAA;
    stageReg_11_intmp = 16'hAAAA;
    stageReg_11_stsum = 32'hAAAAAAAA;
    stageReg_11_valid = 1'h0;
    stageReg_12_intmc = 32'hAAAAAAAA;
    stageReg_12_intmp = 16'hAAAA;
    stageReg_12_stsum = 32'hAAAAAAAA;
    stageReg_12_valid = 1'h0;
    stageReg_13_intmc = 32'hAAAAAAAA;
    stageReg_13_intmp = 16'hAAAA;
    stageReg_13_stsum = 32'hAAAAAAAA;
    stageReg_13_valid = 1'h0;
    stageReg_14_intmc = 32'hAAAAAAAA;
    stageReg_14_intmp = 16'hAAAA;
    stageReg_14_stsum = 32'hAAAAAAAA;
    stageReg_14_valid = 1'h0;
    stageReg_15_intmc = 32'hAAAAAAAA;
    stageReg_15_intmp = 16'hAAAA;
    stageReg_15_stsum = 32'hAAAAAAAA;
    stageReg_15_valid = 1'h0;
    stageReg_16_intmc = 32'hAAAAAAAA;
    stageReg_16_intmp = 16'hAAAA;
    stageReg_16_stsum = 32'hAAAAAAAA;
    stageReg_16_valid = 1'h0;
    stageReg_1_intmc = 32'hAAAAAAAA;
    stageReg_1_intmp = 16'hAAAA;
    stageReg_1_stsum = 32'hAAAAAAAA;
    stageReg_1_valid = 1'h0;
    stageReg_2_intmc = 32'hAAAAAAAA;
    stageReg_2_intmp = 16'hAAAA;
    stageReg_2_stsum = 32'hAAAAAAAA;
    stageReg_2_valid = 1'h0;
    stageReg_3_intmc = 32'hAAAAAAAA;
    stageReg_3_intmp = 16'hAAAA;
    stageReg_3_stsum = 32'hAAAAAAAA;
    stageReg_3_valid = 1'h0;
    stageReg_4_intmc = 32'hAAAAAAAA;
    stageReg_4_intmp = 16'hAAAA;
    stageReg_4_stsum = 32'hAAAAAAAA;
    stageReg_4_valid = 1'h0;
    stageReg_5_intmc = 32'hAAAAAAAA;
    stageReg_5_intmp = 16'hAAAA;
    stageReg_5_stsum = 32'hAAAAAAAA;
    stageReg_5_valid = 1'h0;
    stageReg_6_intmc = 32'hAAAAAAAA;
    stageReg_6_intmp = 16'hAAAA;
    stageReg_6_stsum = 32'hAAAAAAAA;
    stageReg_6_valid = 1'h0;
    stageReg_7_intmc = 32'hAAAAAAAA;
    stageReg_7_intmp = 16'hAAAA;
    stageReg_7_stsum = 32'hAAAAAAAA;
    stageReg_7_valid = 1'h0;
    stageReg_8_intmc = 32'hAAAAAAAA;
    stageReg_8_intmp = 16'hAAAA;
    stageReg_8_stsum = 32'hAAAAAAAA;
    stageReg_8_valid = 1'h0;
    stageReg_9_intmc = 32'hAAAAAAAA;
    stageReg_9_intmp = 16'hAAAA;
    stageReg_9_stsum = 32'hAAAAAAAA;
    stageReg_9_valid = 1'h0;
  end
  `endif // BSV_NO_INITIAL_BLOCKS
  // synopsys translate_on
endmodule  // mkInelasticPipe